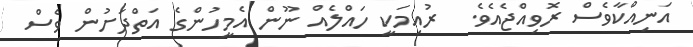
އަނިއްކާވެސް ރޮވިއްޖެއެވެ.  ރުއިމަކީ ހައްލެއް ނޫން އެމީހުންގެ އަތްދަށުން ވެސް